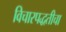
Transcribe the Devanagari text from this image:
विचारपद्धतीचा